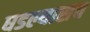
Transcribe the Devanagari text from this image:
घडल्यासच